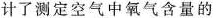
弹簧夹计了测定空气中氧气含量的